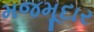
મજમૂદાર